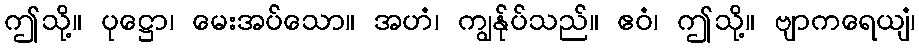
ဤသို့။ ပုဋ္ဌော၊ မေးအပ်သော။ အဟံ၊ ကျွန်ုပ်သည်။ ဧဝံ၊ ဤသို့။ ဗျာကရေယျံ၊